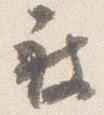
被